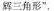
”杨辉三角形”，